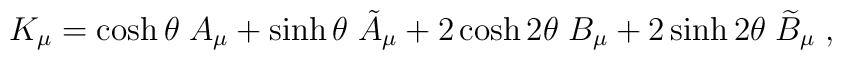
K_\mu =\cosh \theta \;A_\mu +\sinh \theta \;\tilde A_\mu +2\cosh2\theta \;B_\mu +2\sinh 2\theta \;\widetilde B_\mu \;,